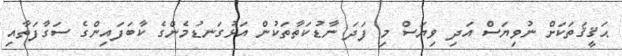
ޙަޤީޤަތަކަށް ނުވިޔަސް އަދި ވިޔަސް މި ފަދަ ނާޑުކަތާތަކުން އަޅުގަނޑުމެންގެ ކާބަފައިންގެ ސަގާފަތާއި